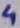
Text: 4